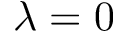
\lambda = 0